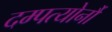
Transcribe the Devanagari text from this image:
दम्पत्योर्नौ